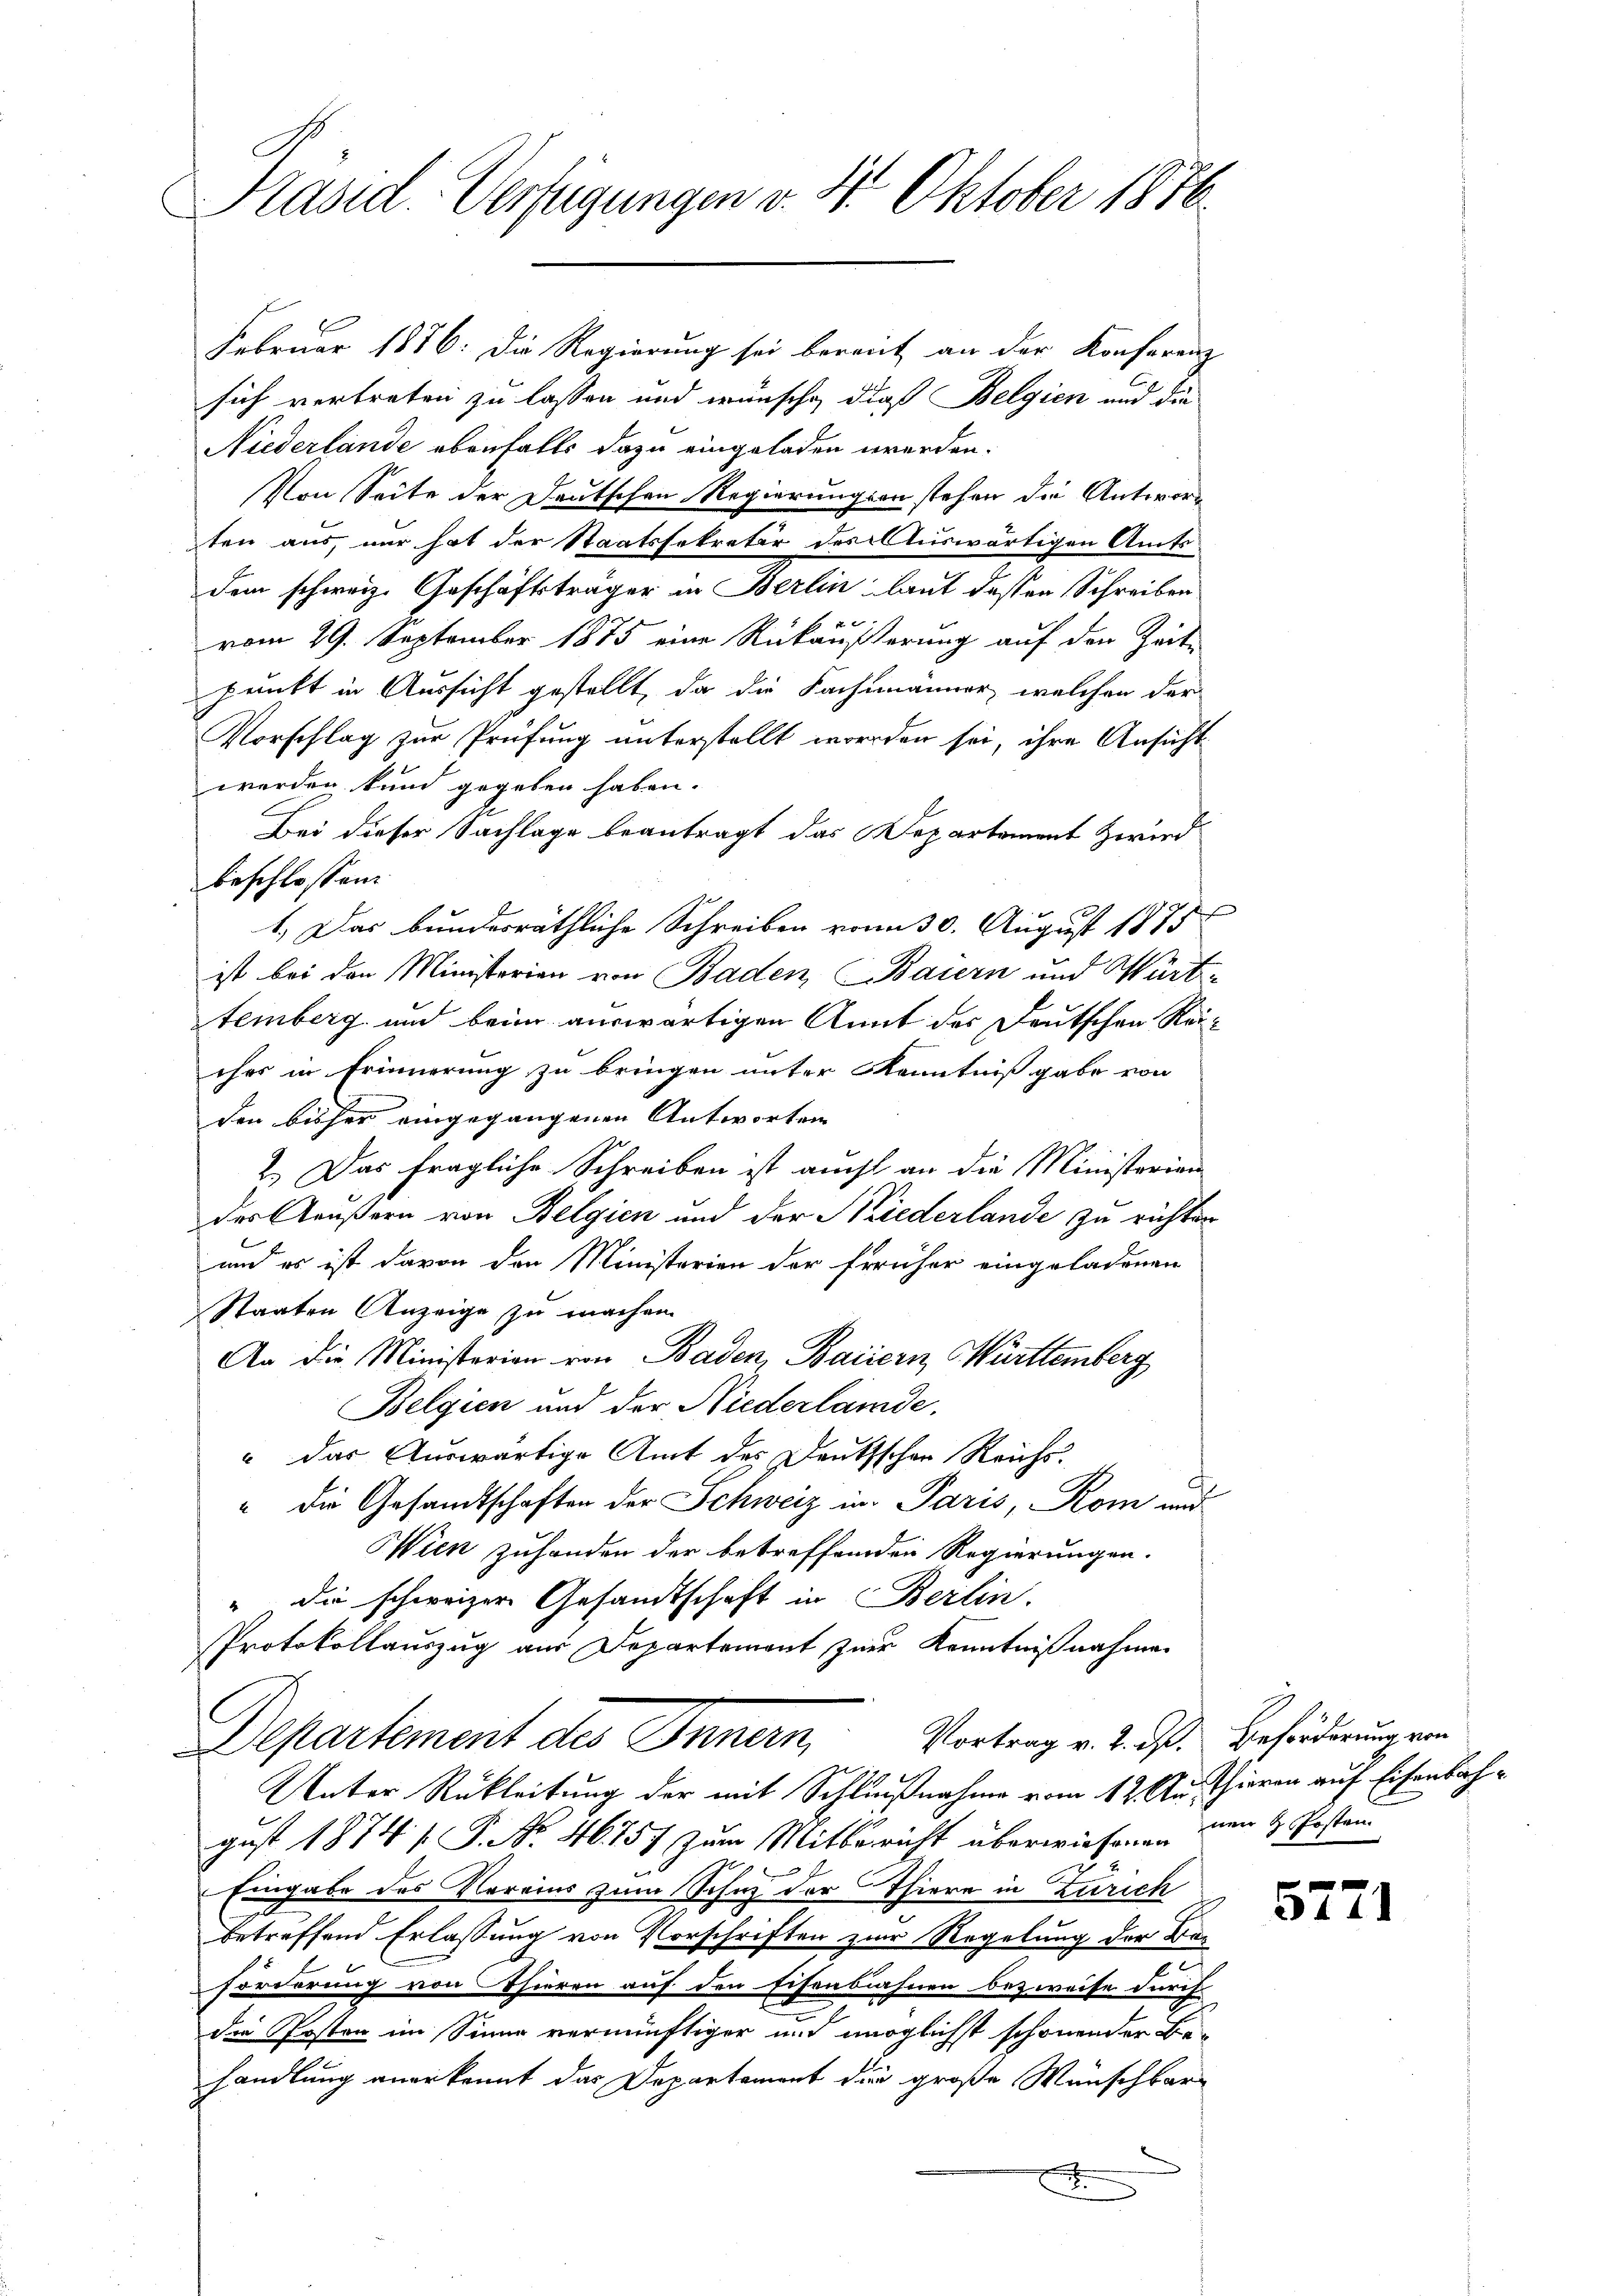
Präsid. Verfügungen v. 4. Oktober 1876

Februar 1876. Die Regierung sei bereit an der Konferenz
sich vertreten zu lassen und wünsche, dieß Belgien und die
Niederlände ebenfalls dazu eingeladen werden.
Von Seite der Deutschen Regierungsanstehen die Antworten aus, nur hat der Staatssekretär des Auswärtigen Amts
dem schweiz. Geschäftsträger in Berlin laut deßen Schreiben
xx
vom 29. September 1875 eine Rückäußerung auf den Zeit-
punkt in Aussicht gestellt, da die Fachmänner, welchen der
Vorschlag zur Prüfung unterstellt worden sei, ihre Ansicht
werden kund gegeben haben.
Bei dieser Sachlage beantragt das Departement Zwird
beschlossen:
1.) Das bundesräthliche Schreiben vom 30. August 1875
ist bei den Ministerien von Baden, Baiern und Württemberg und beim auswärtigen Annt des Deutschen Reiches in Erinnerung zu bringen unter Kenntnißgabe von
den bisher eingegangenen Antworten
2.) Das fragliche Schreiben ist aucht an die Ministerien
der Aeußern von Belgien und der Wiederlande zu richten
und es ist davon den Ministerien der früher eingeladenen
Staaten Anzeige zu machen.
An die Ministerien von Baden, Baiern, Württemberg
Belgien und der Niederlände,
“ das Auswärtige Amt des Deutsschen Reichs-
" die Gesandtschaften der Schweiz in Paris, Rom und
Wien zuhanden der betreffenden Regierungen.
" die schweizer Gesandtschaft in Berlin.
Protokollauszug aus Departement zur Kenntnißnahmen
Vortrag v. 2. dß. Beförderung von
Departement des Innern,
Unter Rükleitung der mit Schlußnahme vom 12. Austhieren auf Eisenbahgust 1874 f. P. Nr. 46757 zum Mitbericht überwiesenen von 4 Posten
Eingabe des Vereins zum Schutz der Thiere in Zürich
betreffend Erlassung von Vorschriften zur Regelung der Be-
förderung von Thieren auf den Eisenbahnen bezweife durch
die Posten im Sinne vernünftiger und möglichst schönender Be-
handlung anerkannt das Departement die große Wünschbar-
F

5771